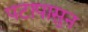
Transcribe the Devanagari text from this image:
पटापासुन